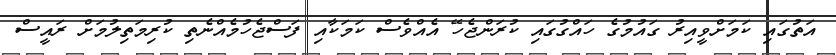
އަތުގައި ކަމަށްވީއިރު ގައުމުގެ ހައްގުގައި ކުރަންޖެހޭ އެއްވެސް ކަމަކާއި ފަސްޖެހުމެއްނެތި ކުރިމަތިލުމަށް ރައީސް